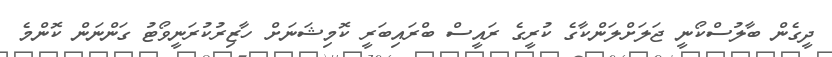
ދީގެން ބާލުސްކޯނީ ޖަލަށްލަންކާގެ ކުރީގެ ރައީސް ބްރައިބަރީ ކޮމިޝަނަށް ހާޒިރުކުރަނީވޯޓު ގަންނަން ކޮންމެ